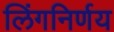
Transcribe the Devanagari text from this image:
लिंगनिर्णय